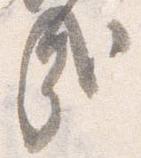
哉